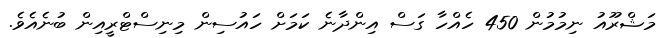
މަޝްރޫއު ނިމުމުން 450 ހެއްހާ ގަސް އިންދާނެ ކަމަށް ހައުސިން މިނިސްޓްރީއިން ބުނެއެވެ.